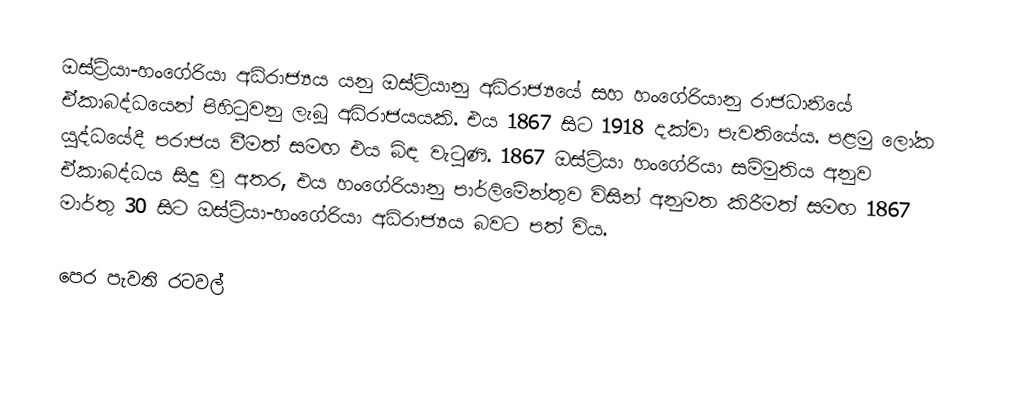
ඔස්ට්‍රියා-හංගේරියා අධිරාජ්‍යය යනු ඔස්ට්‍රියානු අධිරාජ්‍යයේ සහ හංගේරියානු රාජධානියේ ඒකාබද්ධයෙන් පිහිටුවනු ලැබූ අධිරාජයයකි. එය 1867 සිට 1918 දක්වා පැවතියේය. පළමු ලෝක යුද්ධයේදී පරාජය වීමත් සමඟ එය බිඳ වැටුණි. 1867 ඔස්ට්‍රියා හංගේරියා සම්මුතිය අනුව ඒකාබද්ධය සිදු වූ අතර, එය හංගේරියානු පාර්ලිමේන්තුව විසින් අනුමත කිරීමත් සමඟ 1867 මාර්තු 30 සිට ඔස්ට්‍රියා-හංගේරියා අධිරාජ්‍යය බවට පත් විය.

පෙර පැවති රටවල්